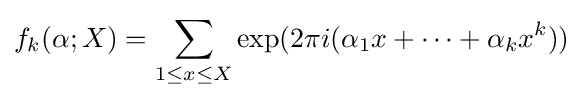
f_{k}(\mathbf {\alpha } ;X)=\sum _{1\leq x\leq X}\exp(2\pi i(\alpha _{1}x+\cdots +\alpha _{k}x^{k}))